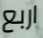
اربع